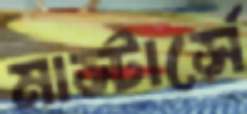
মাস্টার্সে